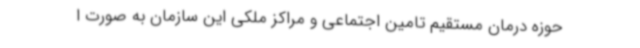
حوزه درمان مستقیم تامین اجتماعی و مراکز ملکی این سازمان به صورت ا